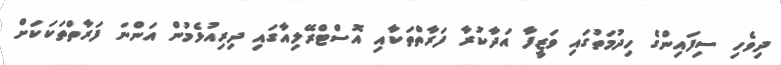
ދިވެހި ސިފައިންގެ ހިދުމަތުގައި ވަޒީފާ އަދާކުރާ ފަރާތްތަކާއި އޮސްޓްރޭލިއާގައި ދިރިއުޅެމުން އަންނަ ފަރާތްތަކަކަށް